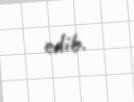
edib.